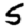
Digit: 5